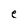
Character: e